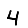
Digit: 4